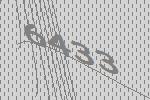
6433